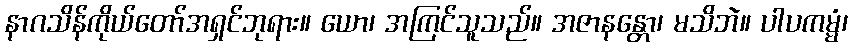
နာဂသိန်ကိုယ်တော်အရှင်ဘုရား။ ယော၊ အကြင်သူသည်။ အဇာနန္တော၊ မသိဘဲ။ ပါပကမ္မံ၊